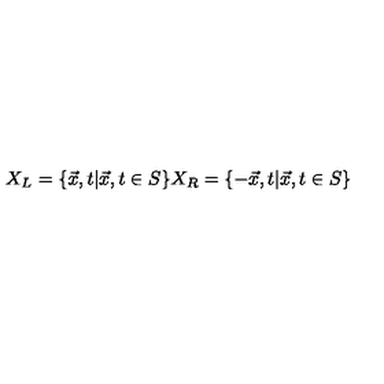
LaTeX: X _ { L } = \{ \vec { x } , t | \vec { x } , t \in S \} X _ { R } = \{ - \vec { x } , t | \vec { x } , t \in S \}